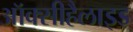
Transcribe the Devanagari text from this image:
ऑक्सीहैलाइड